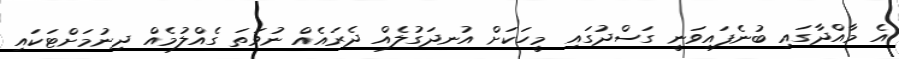
އެ މާއްދާގައި ބުނެފައިވަނީ ގަސްދުގައި މީހަކަށް އުނދަގުލެއް ދެރައެއް ނުވަތަ ގެއްލުމެއް ދިނުމަށްޓަކައި